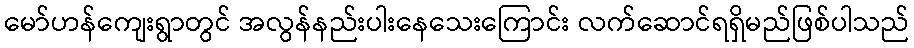
မော်ဟန်ကျေးရွာတွင် အလွန်နည်းပါးနေသေးကြောင်း လက်ဆောင်ရရှိမည်ဖြစ်ပါသည်